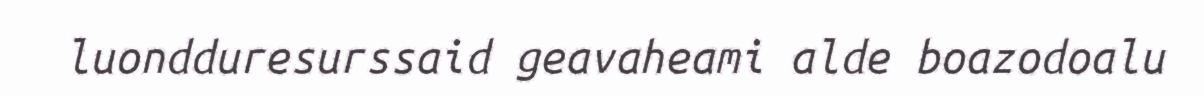
luondduresurssaid geavaheami alde boazodoalu